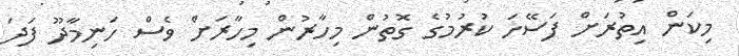
މިކަން އިތުރަށް ފަސޭހަ ކުރުމުގެ ގޮތުން މިހާރުން މިހާރަށް ވެސް ހަނިމާދޫ ފަދަ